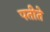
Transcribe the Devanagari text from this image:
पतीते